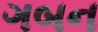
ગબન